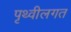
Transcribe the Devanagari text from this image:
पृथ्वीलगत